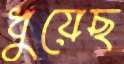
ধুয়েছ